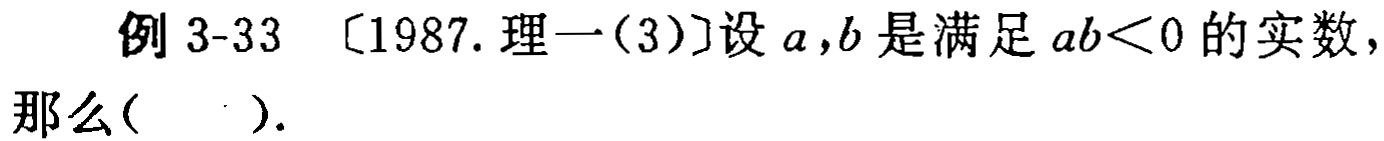
例 3-33 [1987. 理一(3)]设 \(a,b\) 是满足 \(ab<0\) 的实数，那么( ).